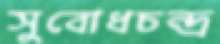
সুবোধচন্দ্র